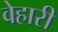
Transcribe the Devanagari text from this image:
वेहारी